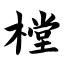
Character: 樘